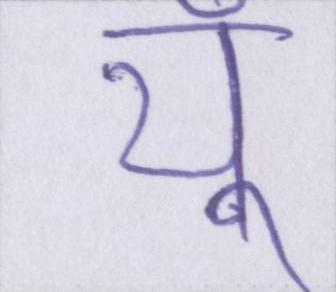
यूँ